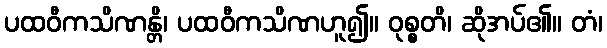
ပထဝီကသိဏန္တိ၊ ပထဝီကသိဏဟူ၍။ ဝုစ္စတိ၊ ဆိုအပ်၏။ တံ၊